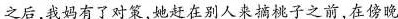
之后，我妈有了对策，她赶在别人来摘桃子之前，在傍晚